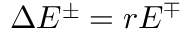
\Delta { E ^ { \pm } } = r E ^ { \mp }